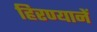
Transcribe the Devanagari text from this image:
हिरण्यानें